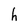
Character: h